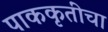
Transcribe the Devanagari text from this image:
पाककृतींचा